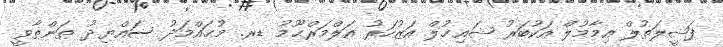
ފަޟީލަތުލް އިމާމުލް އަކުބަރު ޝައިޚުލް އަޒުހަރު އަލްމަރްޙޫމު ޑރ. މުޙައްމަދު ސައްޔިދު ޠަންޠާވީ